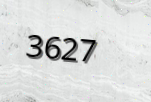
3627